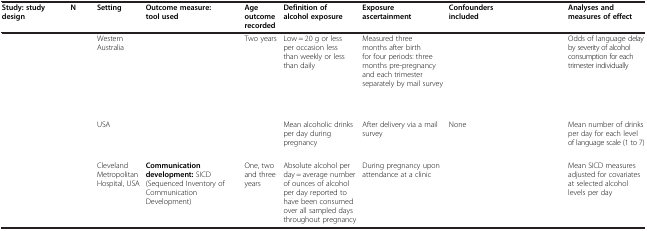
<table><thead><tr><td><b>Study: study design</b></td><td><b>N</b></td><td><b>Setting</b></td><td><b>Outcome measure: tool used</b></td><td><b>Age outcome recorded</b></td><td><b>Definition of alcohol exposure</b></td><td><b>Exposure ascertainment</b></td><td><b>Confounders included</b></td><td><b>Analyses and measures of effect</b></td></tr></thead><tbody><tr><td>[EMPTY_CELL]</td><td>[EMPTY_CELL]</td><td>Western Australia</td><td>[EMPTY_CELL]</td><td>Two years</td><td>Low = 20 g or less per occasion less than weekly or less than daily</td><td>Measured three months after birth for four periods: three months pre-pregnancy and each trimester separately by mail survey</td><td>[EMPTY_CELL]</td><td>Odds of language delay by severity of alcohol consumption for each trimester individually</td></tr><tr><td>[EMPTY_CELL]</td><td>[EMPTY_CELL]</td><td>USA</td><td>[EMPTY_CELL]</td><td>[EMPTY_CELL]</td><td>Mean alcoholic drinks per day during pregnancy</td><td>After delivery via a mail survey</td><td>None</td><td>Mean number of drinks per day for each level of language scale (1 to 7)</td></tr><tr><td>[EMPTY_CELL]</td><td>[EMPTY_CELL]</td><td>Cleveland Metropolitan Hospital, USA</td><td><b>Communication development:</b> SICD (Sequenced Inventory of Communication Development)</td><td>One, two and three years</td><td>Absolute alcohol per day = average number of ounces of alcohol per day reported to have been consumed over all sampled days throughout pregnancy</td><td>During pregnancy upon attendance at a clinic</td><td>[EMPTY_CELL]</td><td>Mean SICD measures adjusted for covariates at selected alcohol levels per day</td></tr></tbody></table>